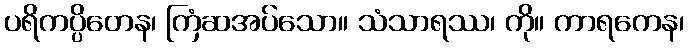
ပရိကပ္ပိတေန၊ ကြံဆအပ်သော။ သံသာရဿ၊ ကို။ ကာရကေန၊